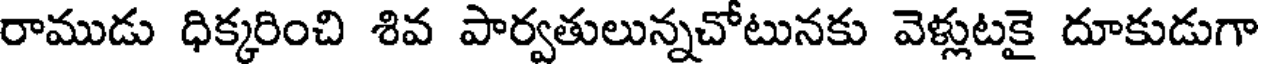
రాముడు ధిక్కరించి శివ పార్వతులున్నచోటునకు వెళ్లుటకై దూకుడుగా